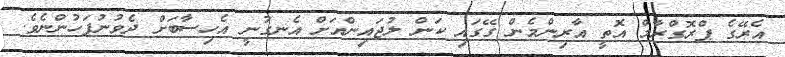
އެރޭގެ ޕްރޮގްރާމް އޮތީ އާރިންމެން ގޭގައި ކަން ލުޖައިންއަށް އެނގުނީ އެހިސާބަށް ދެވުނުފަހުންނެވެ.